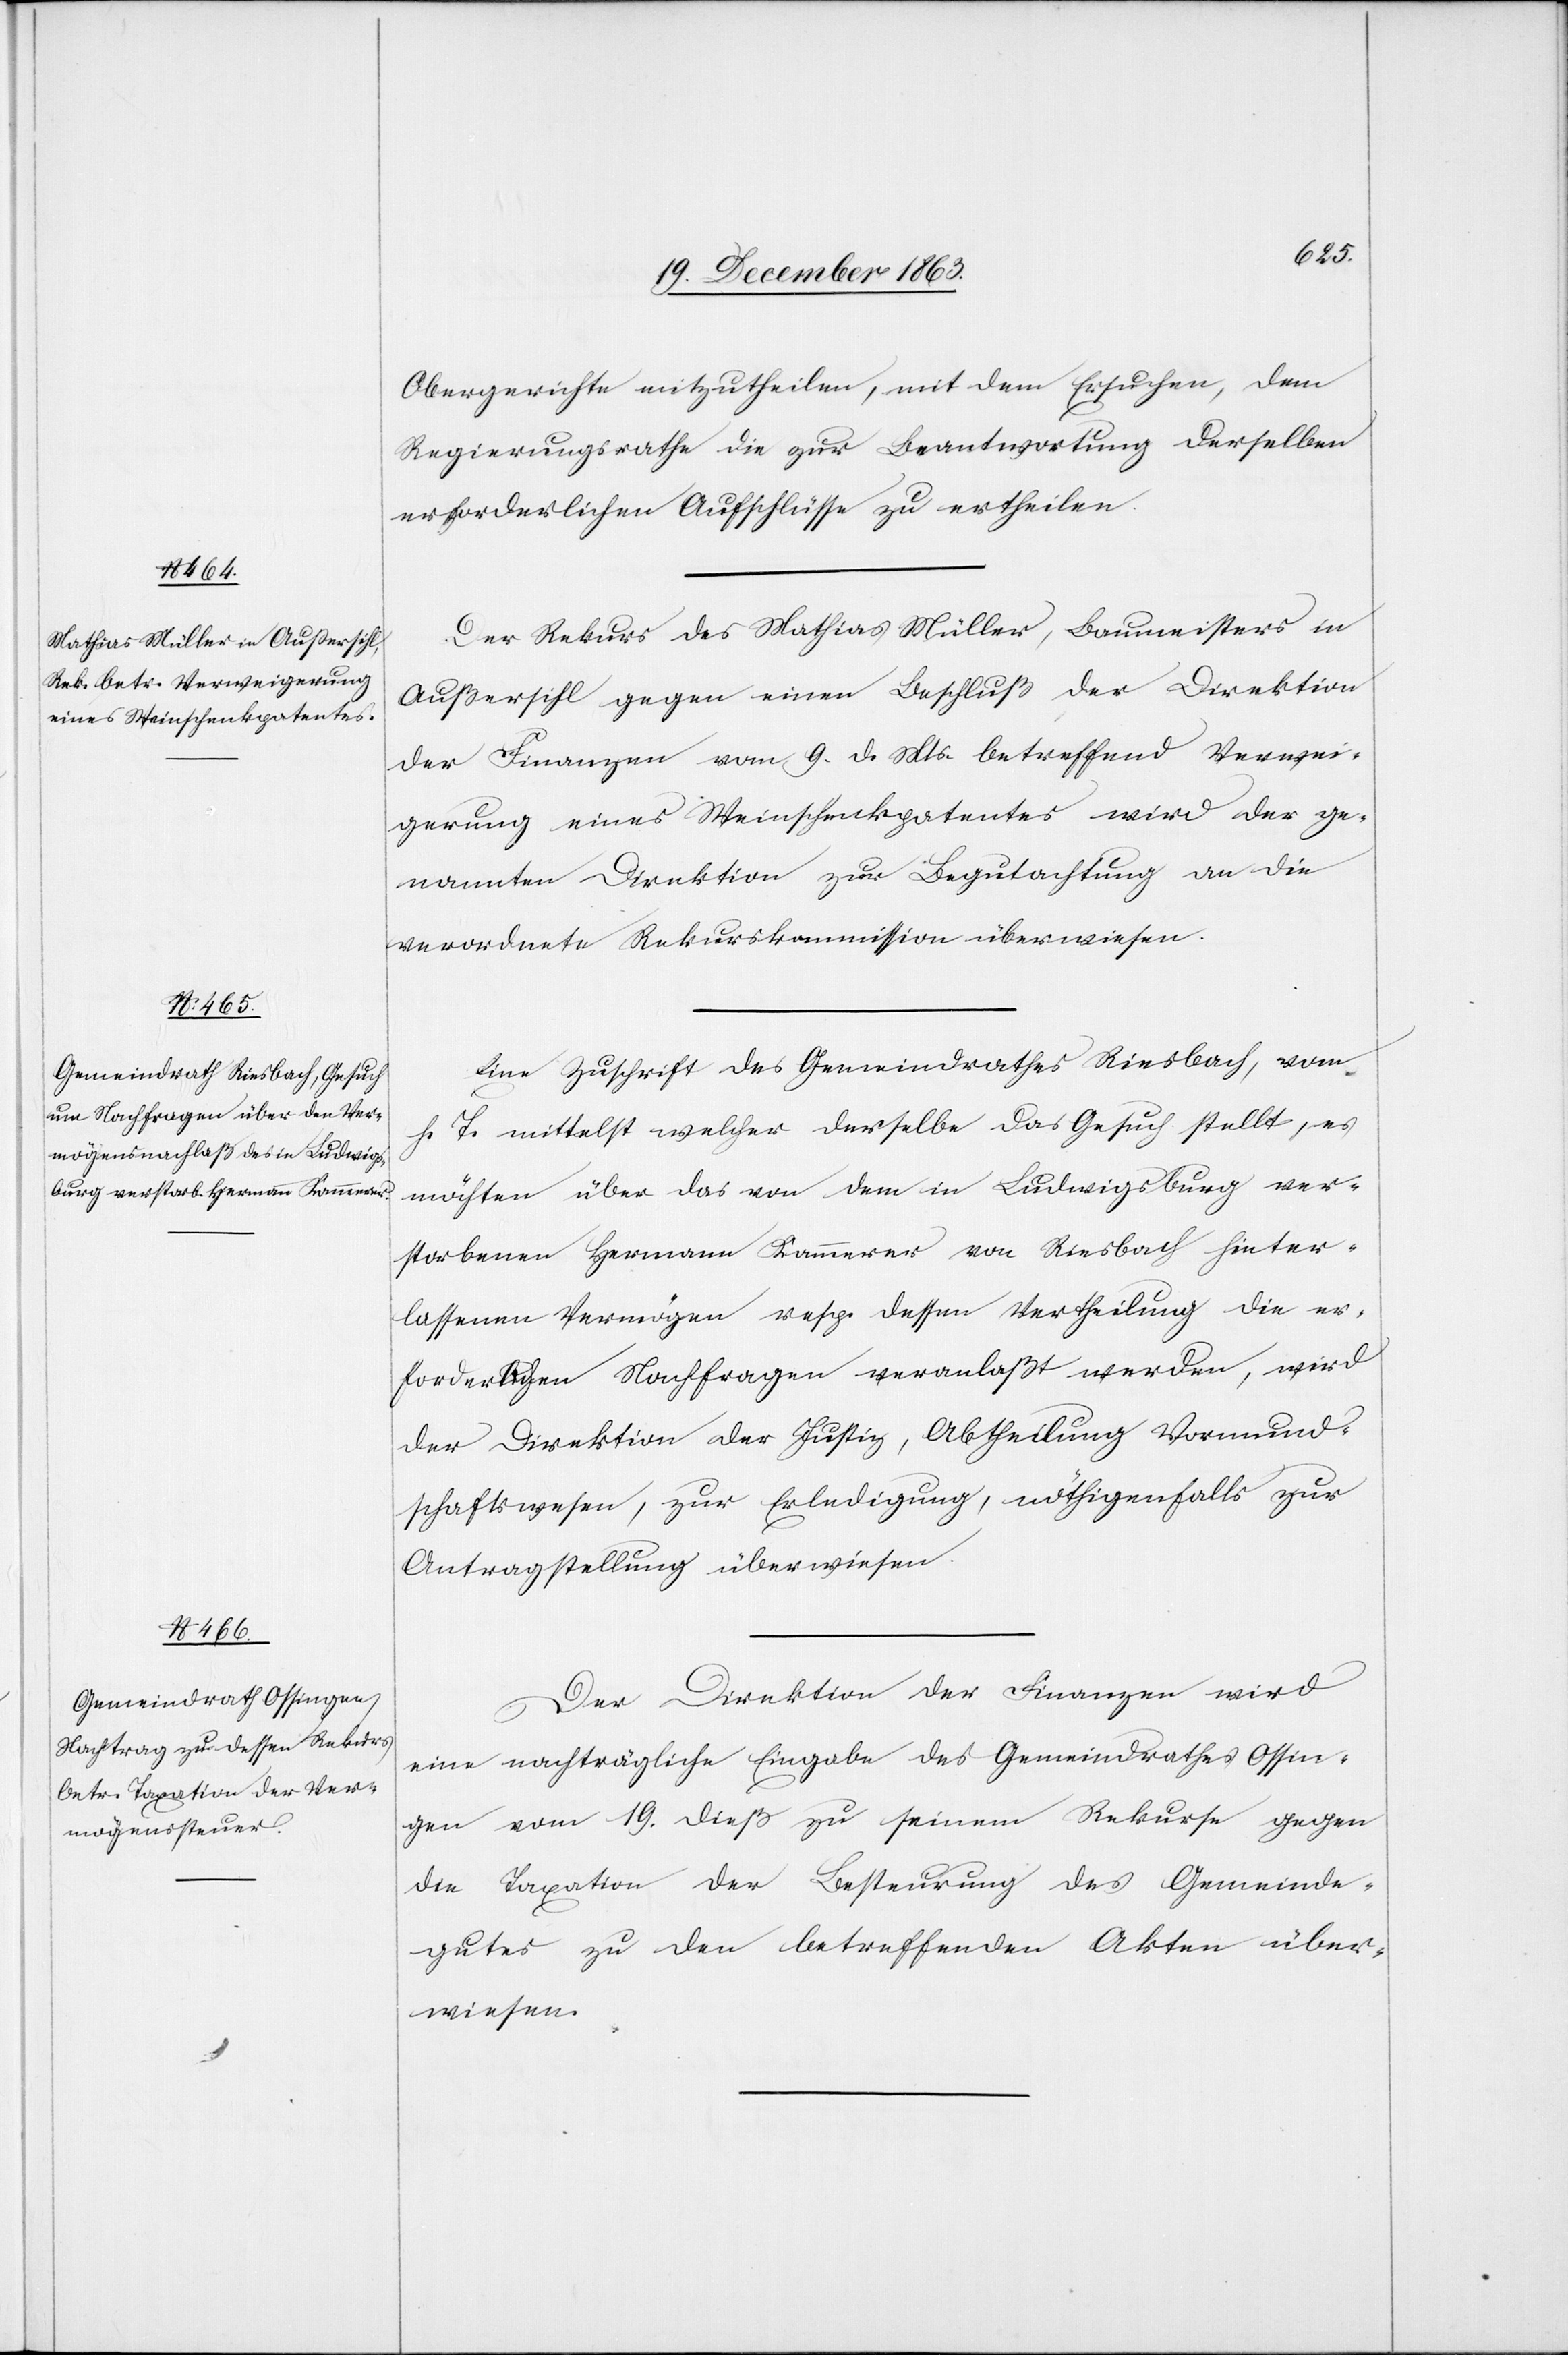
21. Decemb. 1863.]
Obergerichte mitzutheilen, mit dem Ersuchen, dem
Regierungsrathe die zur Beantwortung derselben
erforderlichen Aufschlüsse zu ertheilen.
Der Rekurs des Mathias Müller, Baumeisters in
Außersihl gegen einen Beschluß der Direktion
der Finanzen vom 9. d. Mts. betreffend Verwei¬
gerung eines Weinschenkpatentes wird der ge¬
nannten Direktion zur Begutachtung an die
verordnete Rekurskommission überwiesen.
Eine Zuschrift des Gemeindrathes Riesbach, vom
h. T. mittelst welcher derselbe das Gesuch stellt, es
möchten über das von dem in Ludwigsburg ver¬
storbenen Hermann Kammerer von Riesbach hinter¬
lassenen Vermögen resp. dessen Vertheilung die er¬
forderlichen Nachfragen veranlaßt werden, wird
der Direktion der Justiz, Abtheilung Vormund¬
schaftswesen, zur Erledigung, nöthigenfalls zur
Antragstellung überwiesen.
Der Direktion der Finanzen wird
eine nachträgliche Eingabe des Gemeindrathes Ossin¬
gen vom 19. dieß zu seinem Rekurse gegen
die Taxation der Besteurung des Gemeinde¬
gutes zu den betreffenden Akten über¬
wiesen.